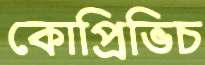
কোপ্রিভিচ